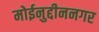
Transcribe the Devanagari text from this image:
मोईनुद्दीननगर